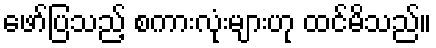
ဖော်ပြသည့် စကားလုံးများဟု ထင်မိသည်။